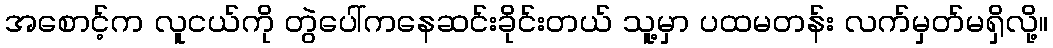
အစောင့်က လူငယ်ကို တွဲပေါ်ကနေဆင်းခိုင်းတယ် သူ့မှာ ပထမတန်း လက်မှတ်မရှိလို့။